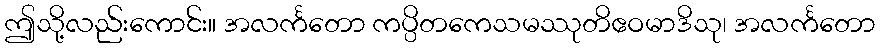
ဤသို့လည်းကောင်း။ အလင်္ကတော ကပ္ပိတကေသမဿုတိဧဝမာဒိသု၊ အလင်္ကတော